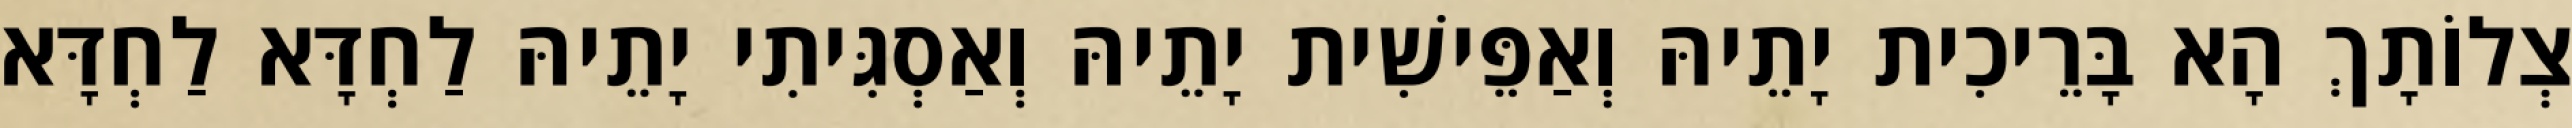
צְלוֹתָךְ הָא בָּרֵיכִית יָתֵיהּ וְאַפֵּישִׁית יָתֵיהּ וְאַסְגִּיתִי יָתֵיהּ לַחְדָּא לַחְדָּא